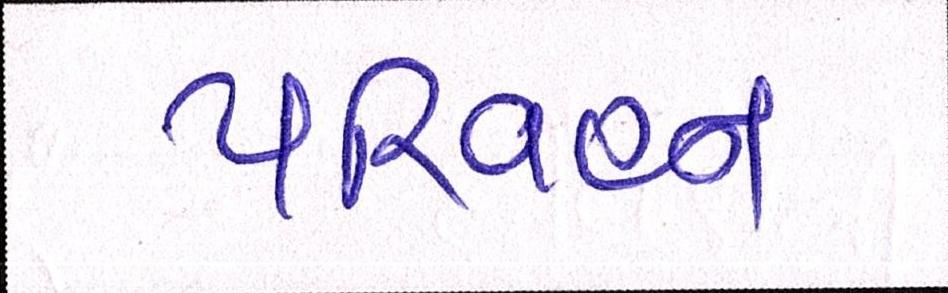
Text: પરિવહન